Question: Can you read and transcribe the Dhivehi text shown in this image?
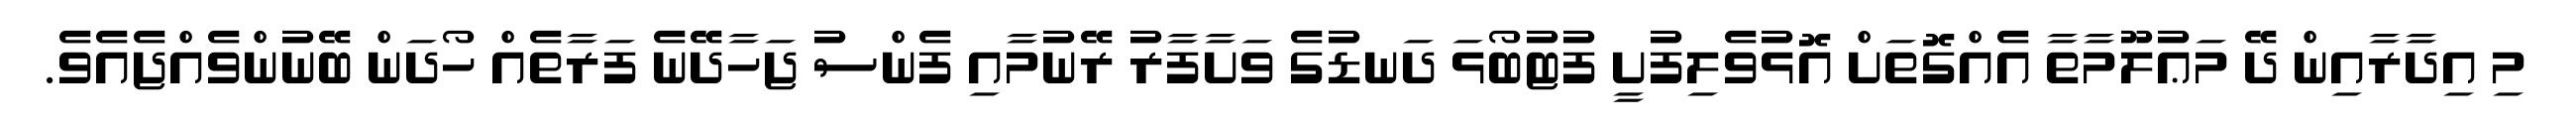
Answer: މި އިދާރާއިން ދޭ މަޢުލޫމާތާ އެއްގޮތަށް އޮޅުވެލިފުށީ ފުޓުބޯޅަ ދަނޑުގެ ވަށާފާރު ރޭނުމާއި ފެންސު ޖަހާދޭނެ ފަރާތެއް ހޯދަން ބޭނުންވެއްޖެއެވެ.